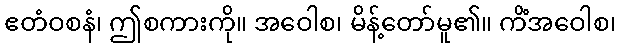
ဧတံဝစနံ၊ ဤစကားကို။ အဝေါစ၊ မိန့်တော်မူ၏။ ကိံအဝေါစ၊